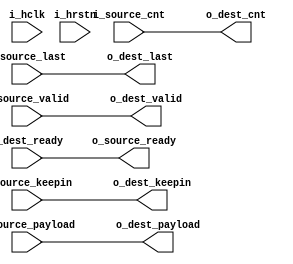
module register_slices
#( 
    parameter payload_width                          = 32 ,
    parameter DATA_BYTE_WD                           = payload_width/8,
    parameter DATA_CNT_WD                            = $clog2(DATA_BYTE_WD),
    parameter forward_register_slices_generate_flag  = 0 ,
    parameter backward_register_slices_generate_flag = 0 
)
(
    input  wire                          i_hclk           ,
    input  wire                          i_hrstn          ,
    input  wire                          i_source_valid   ,
    input  wire [payload_width-1:0]      i_source_payload ,
    input  wire [DATA_BYTE_WD-1:0]       i_source_keepin  ,
    input  wire                          i_source_last    ,
    input  wire [DATA_CNT_WD-1:0]        i_source_cnt     ,
    output wire                          o_source_ready   ,
    output wire                          o_dest_valid     ,
    output wire [payload_width-1:0]      o_dest_payload   ,
    output wire [DATA_BYTE_WD-1:0]       o_dest_keepin    ,
    output wire                          o_dest_last      , 
    output wire [DATA_CNT_WD-1:0]        o_dest_cnt       ,
    input  wire                          i_dest_ready     
    
); 
// forward            //
// valid   :  source -> backward -> forward -> dest   //
// paylaod :  source -> backward -> forward -> dest   //
// ready   :  source <- backward <- forward <- dest   //
//----------------------------------------------------//
// wire
//----------------------------------------------------// 
wire                     w_backward_valid   ;
wire [payload_width-1:0] w_backward_payload ;
wire [DATA_BYTE_WD-1:0]  w_backward_keepin  ;
wire                     w_backward_last    ;
wire [DATA_CNT_WD-1:0]   w_backward_cnt     ;
wire                     w_backward_ready   ;
wire                     w_forward_valid    ;
wire [payload_width-1:0] w_forward_payload  ;
wire [DATA_BYTE_WD-1:0]  w_forward_keepin   ;
wire                     w_forward_last     ;
wire [DATA_CNT_WD-1:0]   w_forward_cnt      ;
wire                     w_forward_ready    ;

//----------------------------------------------------//
// main_code
//----------------------------------------------------//

//----------------------------------------------------//
// forward 
//----------------------------------------------------// 
    generate if(forward_register_slices_generate_flag == 1)begin 
        reg                        r_rs_dst_valid   ;
        reg  [payload_width-1:0]   r_rs_dst_payload ;
        reg  [DATA_BYTE_WD-1:0]    r_rs_dst_keepin  ;
        reg                        r_rs_dst_last    ;
        reg  [DATA_CNT_WD-1:0]     r_rs_dst_cnt     ;

        assign w_forward_payload = r_rs_dst_payload ;
        assign w_forward_keepin  = r_rs_dst_keepin  ;
        assign w_forward_last    = r_rs_dst_last    ;
        assign w_forward_cnt     = r_rs_dst_cnt     ;
        assign w_forward_valid   = r_rs_dst_valid   ;
        assign w_forward_ready   = i_dest_ready | ~r_rs_dst_valid    ;// dest_ready|~payload_full
        //FORWARD RSPLDVLDRDY//
        //PATH                         //
        //FW-RDYDSTRDYPAYLOAD-FULL              //
        always @(posedge i_hclk or negedge i_hrstn) begin
            if (!i_hrstn) begin
                r_rs_dst_valid <= 1'b0 ;
            end 
            else if (w_backward_valid) begin
                r_rs_dst_valid <= 1'b1 ;
            end 
            else if (w_forward_ready ) begin
                r_rs_dst_valid <= 1'b0 ;
            end
        end
        
        always @(posedge i_hclk or negedge i_hrstn) begin
            if (!i_hrstn) begin
                r_rs_dst_payload <= 'b0 ;
                r_rs_dst_keepin  <= 'b0 ;
                r_rs_dst_last    <= 'b0 ;
                r_rs_dst_cnt     <= 'b0 ;
            end 
            else if ((w_backward_valid&&w_forward_ready)||(w_backward_valid&&~r_rs_dst_valid)) begin
                r_rs_dst_payload <= w_backward_payload ;
                r_rs_dst_keepin  <= w_backward_keepin  ;
                r_rs_dst_cnt     <= w_backward_cnt     ;
            end 
            else if ((w_backward_valid&&w_forward_ready)||(w_backward_valid&&~r_rs_dst_valid)) begin
                r_rs_dst_payload <= w_backward_payload ;
                r_rs_dst_keepin  <= w_backward_keepin  ;
                r_rs_dst_last    <= w_backward_last    ;
                r_rs_dst_cnt     <= w_backward_cnt     ;
            end 
            else begin
                r_rs_dst_payload <= r_rs_dst_payload   ; 
                r_rs_dst_keepin  <= r_rs_dst_keepin    ;
                r_rs_dst_last    <= r_rs_dst_last      ;
                r_rs_dst_cnt     <= r_rs_dst_cnt       ;
            end
        end  

    end 
    else begin 
        assign w_forward_payload = w_backward_payload ;
        assign w_forward_keepin  = w_backward_keepin  ;
        assign w_forward_last    = w_backward_last    ;
        assign w_forward_cnt     = w_backward_cnt     ;
        assign w_forward_valid   = w_backward_valid   ;
        assign w_forward_ready   = i_dest_ready       ;
    end 
    endgenerate
//----------------------------------------------------//
// backward 
//----------------------------------------------------// 
generate if (backward_register_slices_generate_flag == 1) begin
        reg   [payload_width-1:0]    r_rs_src_payload ; 
        reg   [DATA_BYTE_WD -1:0]    r_rs_src_keepin  ;
        reg                          r_rs_src_last    ;
        reg   [DATA_CNT_WD-1:0]      r_rs_src_cnt     ;
        reg                          r_rs_src_ready   ;
        assign w_backward_valid   = i_source_valid | ~r_rs_src_ready ;
        assign w_backward_payload = r_rs_src_ready ?  i_source_payload : r_rs_src_payload ; 
        assign w_backward_keepin  = r_rs_src_ready ?  i_source_keepin  : r_rs_src_keepin ;
        assign w_backward_last    = r_rs_src_ready ?  i_source_last    : r_rs_src_last   ; 
        assign w_backward_cnt     = r_rs_src_ready ?  i_source_cnt     : r_rs_src_cnt    ;
        assign w_backward_ready   = r_rs_src_ready ;
        //backward register_slices R_RS_READYbackward_reg
        always @(posedge i_hclk or negedge i_hrstn) begin
            if (!i_hrstn) begin 
                r_rs_src_ready <= 1'b1 ;
            end 
            else if (w_forward_ready) begin
                r_rs_src_ready <= 1'b1 ;
            end
            else if (i_source_valid) begin 
                r_rs_src_ready <= 1'b0 ;
            end  
            else begin
                r_rs_src_ready <= r_rs_src_ready ;
            end
        end  

        always @(posedge i_hclk or negedge i_hrstn) begin
            if (!i_hrstn) begin
                r_rs_src_payload <= 'd0 ;
                r_rs_src_keepin  <= 'd0 ; 
                r_rs_src_last    <= 'd0 ;
                r_rs_src_cnt     <= 'd0 ;
            end 
            else if (i_source_valid&r_rs_src_ready) begin
                r_rs_src_payload <= i_source_payload ;
                r_rs_src_keepin  <= i_source_keepin  ; 
                r_rs_src_last    <= i_source_last    ; 
                r_rs_src_cnt     <= i_source_cnt     ;
            end 
            else if (i_source_valid&w_forward_ready) begin
                r_rs_src_payload <= i_source_payload ;
                r_rs_src_keepin  <= i_source_keepin  ; 
                r_rs_src_last    <= i_source_last    ; 
                r_rs_src_cnt     <= i_source_cnt     ;
            end 
            else begin
                r_rs_src_payload <= r_rs_src_payload ;
                r_rs_src_keepin  <= r_rs_src_keepin  ; 
                r_rs_src_last    <= r_rs_src_last    ;
                r_rs_src_cnt     <= r_rs_src_cnt     ;
            end
        end  

    end 
    else begin
        assign w_backward_valid   = i_source_valid   ;
        assign w_backward_payload = i_source_payload ;
        assign w_backward_keepin  = i_source_keepin  ;
        assign w_backward_last    = i_source_last    ;
        assign w_backward_cnt     = i_source_cnt     ;
        assign w_backward_ready   = w_forward_ready  ;
    end
endgenerate 
    

//----------------------------------------------------//
// assign
//----------------------------------------------------//
assign   o_dest_valid   = w_forward_valid    ; 
assign   o_dest_payload = w_forward_payload  ;
assign   o_dest_keepin  = w_forward_keepin   ;
assign   o_dest_last    = w_forward_last     ;
assign   o_dest_cnt     = w_forward_cnt      ;
assign   o_source_ready = w_backward_ready   ;
endmodule